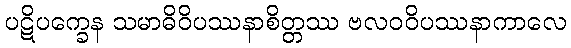
ပဋိပက္ခေန သမာဓိဝိပဿနာစိတ္တဿ ဗလဝဝိပဿနာကာလေ